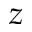
z